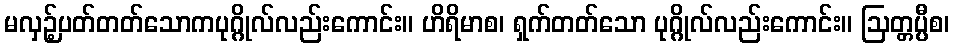
မလှဉ့်ပတ်တတ်သောကပုဂ္ဂိုလ်လည်းကောင်း။ ဟိရိမာစ၊ ရှက်တတ်သော ပုဂ္ဂိုလ်လည်းကောင်း။ ဩတ္တပ္ပီစ၊